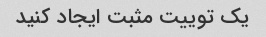
یک توییت مثبت ایجاد کنید